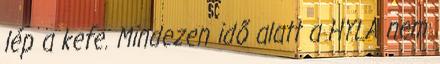
lép a kefe. Mindezen idő alatt a HYLA nem